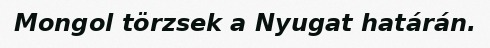
Mongol törzsek a Nyugat határán.